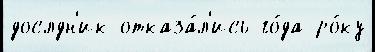
дослдн'ик отказа́л'ись го́да ро́ку